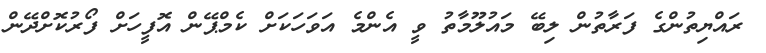
ރައްޔިތުންގެ ފަރާތުން ލިބޭ މައުލޫމާތު ވީ އެންމެ އަވަހަކަށް ކެމްޕޭން އޮފީހަށް ފޯރުކޮށްދޭން